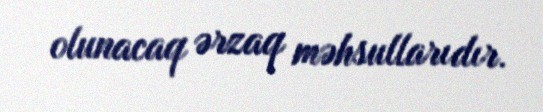
olunacaq ərzaq məhsullarıdır.